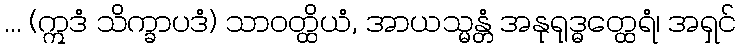
... (ဣဒံ သိက္ခာပဒံ) သာဝတ္ထိယံ, အာယသ္မန္တံ အနုရုဒ္ဓတ္ထေရံ၊ အရှင်